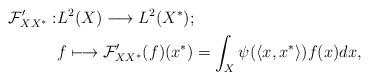
LaTeX: \begin{align*}\mathcal{F}'_{XX^{\ast} }: & L^2(X)\longrightarrow L^2(X^{\ast});\\ & f \longmapsto \mathcal{F}'_{XX^{\ast} }(f)(x^{\ast})=\int_{X} \psi(\langle x, x^{\ast}\rangle) f(x) dx,\end{align*}